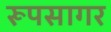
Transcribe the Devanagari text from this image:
रूपसागर